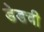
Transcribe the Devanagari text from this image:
डेडची